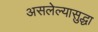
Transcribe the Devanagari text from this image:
असलेल्यासुद्धा